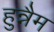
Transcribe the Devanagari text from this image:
हुन्नैम